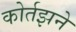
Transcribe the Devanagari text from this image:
कोर्तझने